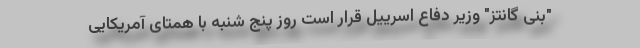
"بنی گانتز" وزیر دفاع اسرییل قرار است روز پنج شنبه با همتای آمریکایی